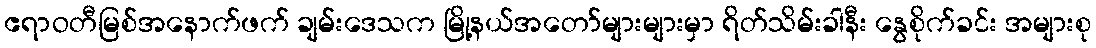
ဧရာဝတီမြစ်အနောက်ဖက် ချမ်းဒေသက မြို့နယ်အတော်များများမှာ ရိတ်သိမ်းခါနီး နွေစိုက်ခင်း အများစု